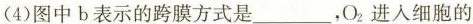
(4)图中b表示的跨膜方式是___，O_{2}进入细胞的